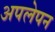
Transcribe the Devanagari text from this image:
अपलेपन